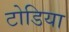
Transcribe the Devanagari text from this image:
टोडिया